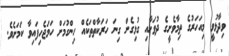
ވިދާޅުވީ މިއަހަރުގެ ތިމާވެށީގެ ދުވަހާއި ގުޅިގެން ގިނަ ހަރަކާތްތަކެއް ހިންގުމަށް ހަމަޖެހިފައިވާ ކަމަށެވެ.